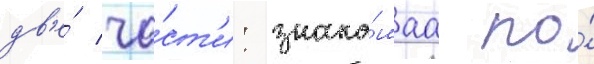
дв'е́ ча́ст'и: знако́маа по́